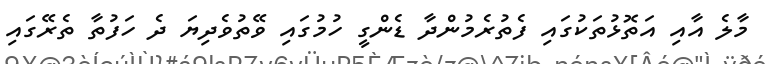
މާލެ އާއި އަތޮޅުތަކުގައި ފެތުރެމުންދާ ޑެންގީ ހުމުގައި ވޭތުވެދިޔަ ދެ ހަފުތާ ތެރޭގައި